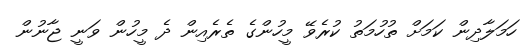
ހަމަލާދިން ކަމަށް ތުހުމަތު ކުރެވޭ މީހުންގެ ތެރެއިން ދެ މީހުން ވަނީ ޖާނުން